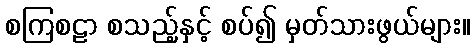
စကြစဠာ စသည့်နှင့် စပ်၍ မှတ်သားဖွယ်များ။